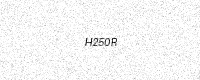
Text: H250R